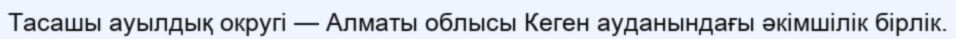
Тасашы ауылдық округі — Алматы облысы Кеген ауданындағы әкімшілік бірлік.